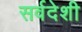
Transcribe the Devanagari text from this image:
सर्वदेशी